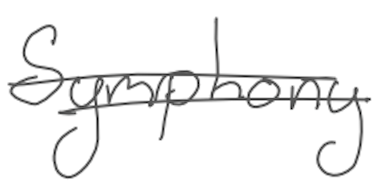
Text: Symphony
Cross-out: double-line
Writing tool: digital_gray